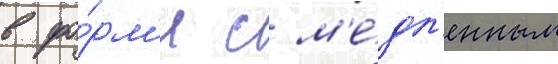
в фо́рм'е с м'е́дл'енным